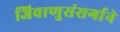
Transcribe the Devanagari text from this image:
जिवाणुसंसर्गाने